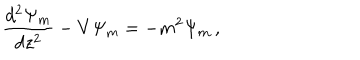
LaTeX: { \frac { d ^ { 2 } \Psi _ { m } } { d z ^ { 2 } } } - V \Psi _ { m } = - m ^ { 2 } \Psi _ { m } \, ,